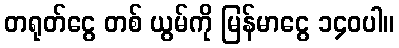
တရုတ်ငွေ တစ် ယွမ်ကို မြန်မာငွေ ၁၄၀ပါ။